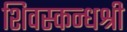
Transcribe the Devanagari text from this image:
शिवस्कन्धश्री